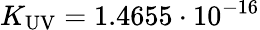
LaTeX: K_{\mathrm{UV}}=1.4655\cdot 10^{-16}